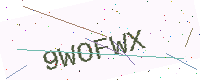
Text: 9WOFWX